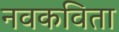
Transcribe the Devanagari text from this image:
नवकविता